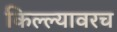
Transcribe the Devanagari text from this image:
किल्ल्यावरच